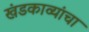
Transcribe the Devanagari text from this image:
खंडकाव्यांचा